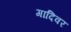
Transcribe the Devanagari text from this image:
गादिवर